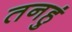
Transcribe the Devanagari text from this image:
तनहुं